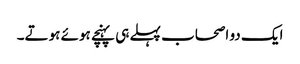
ایک دو اصحاب پہلے ہی پہنچے ہوئے ہوتے۔